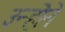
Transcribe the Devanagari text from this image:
उन्होॆने